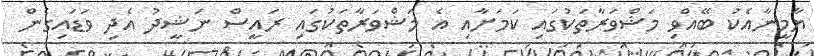
ޔާމީނާއެކު ބޭއްވި މަޝްވަރާތަކުގައި ކަމަށާއި އެ މަޝްވަރާތަކުގައި ރައީސް ނަޝީދު އެދި ވަޑައިގެން